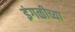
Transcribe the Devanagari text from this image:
इंगळीच्या